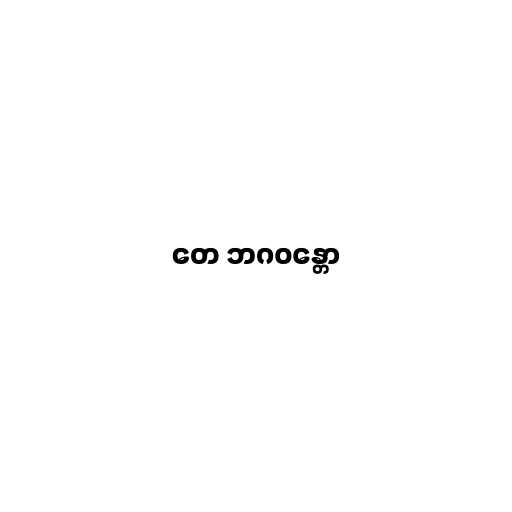
တေ ဘဂဝန္တော